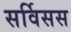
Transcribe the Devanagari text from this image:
सर्विसस